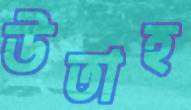
উতাহ